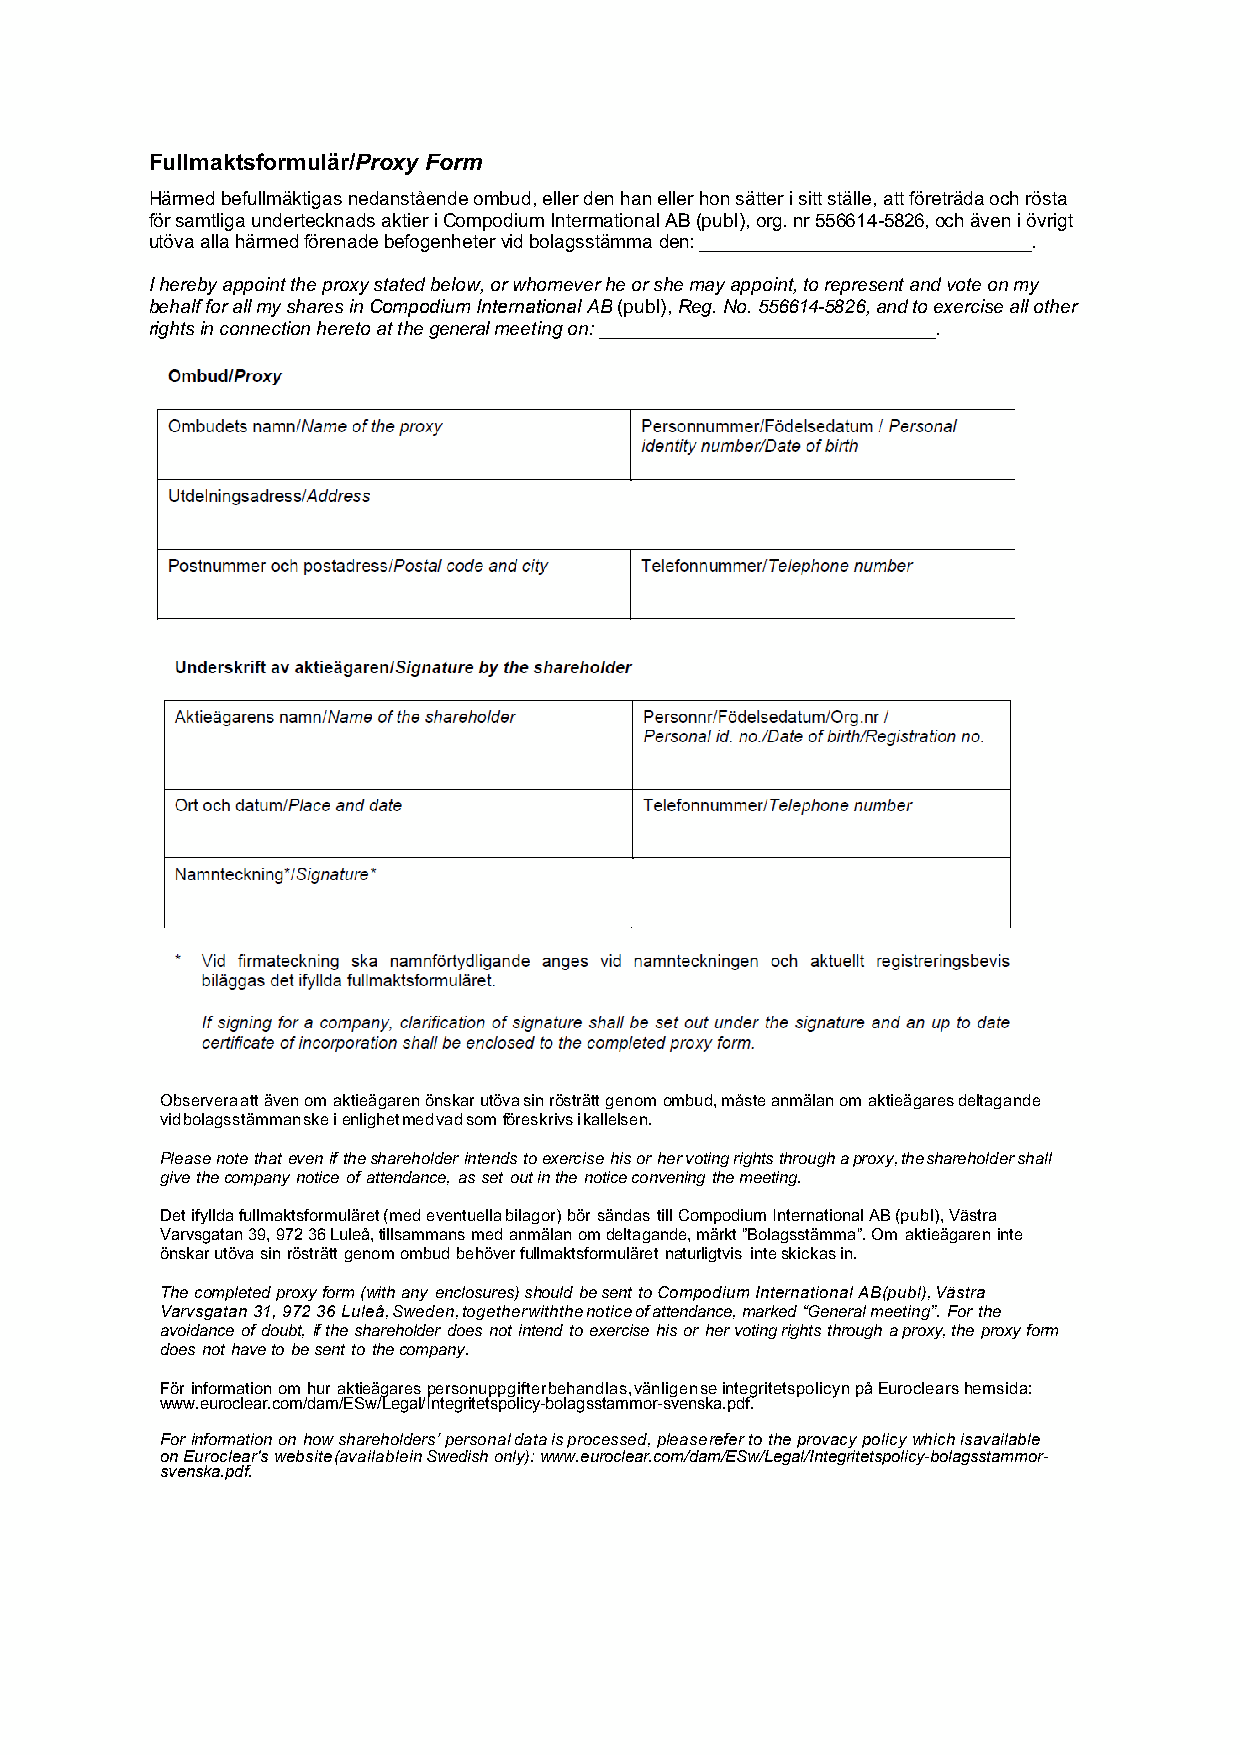
Fullmaktsformulär/Proxy Form
 Härmed befullmäktigas nedanstående ombud, eller den han eller hon sätter i sitt ställe, att företräda och rösta
 för samtliga undertecknads aktier i Compodium Intermational AB (publ), org. nr 556614-5826, och även i övrigt
 utöva alla härmed förenade befogenheter vid bolagsstämma den: ________________________________.
 I hereby appoint the proxy stated below, or whomever he or she may appoint, to represent and vote on my
 behalf for all my shares in Compodium International AB (publ), Reg. No. 556614-5826, and to exercise all other
 rights in connection hereto at the general meeting on: ________________________________.
 Observera att även om aktieägaren önskar utöva sin rösträtt genom ombud, måste anmälan om aktieägares deltagande
 vid bolagsstämman ske i enlighet med vad som föreskrivs i kallelsen.
 Please note that even if the shareholder intends to exercise his or her voting rights through a proxy, the shareholder shall
 give the company notice of attendance, as set out in the notice convening the meeting.
 Det ifyllda fullmaktsformuläret (med eventuella bilagor) bör sändas till Compodium International AB (publ), Västra
 Varvsgatan 39, 972 36 Luleå, tillsammans med anmälan om deltagande, märkt ”Bolagsstämma”. Om aktieägaren inte
 önskar utöva sin rösträtt genom ombud behöver fullmaktsformuläret naturligtvis inte skickas in.
 The completed proxy form (with any enclosures) should be sent to Compodium International AB (publ), Västra
 Varvsgatan 31, 972 36 Luleå, Sweden, together with the notice of attendance, marked “General meeting”. For the
 avoidance of doubt, if the shareholder does not intend to exercise his or her voting rights through a proxy, the proxy form
 does not have to be sent to the company.
 För information om hur aktieägares personuppgifter behandlas, vänligen se integritetspolicyn på Euroclears hemsida:
 www.euroclear.com/dam/ESw/Legal/Integritetspolicy-bolagsstammor-svenska.pdf.
 For information on how shareholders’ personal data is processed, please refer to the provacy policy which isavailable
 on Euroclear's website (available in Swedish only): www.euroclear.com/dam/ESw/Legal/Integritetspolicy-bolagsstammor-
 svenska.pdf.